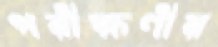
পরীক্ষণীয়